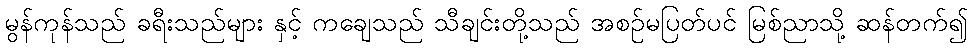
မွန်ကုန်သည် ခရီးသည်များ နှင့် ကချေသည် သီချင်းတို့သည် အစဉ်မပြတ်ပင် မြစ်ညာသို့ ဆန်တက်၍